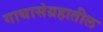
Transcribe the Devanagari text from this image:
गाथासंग्रहातील